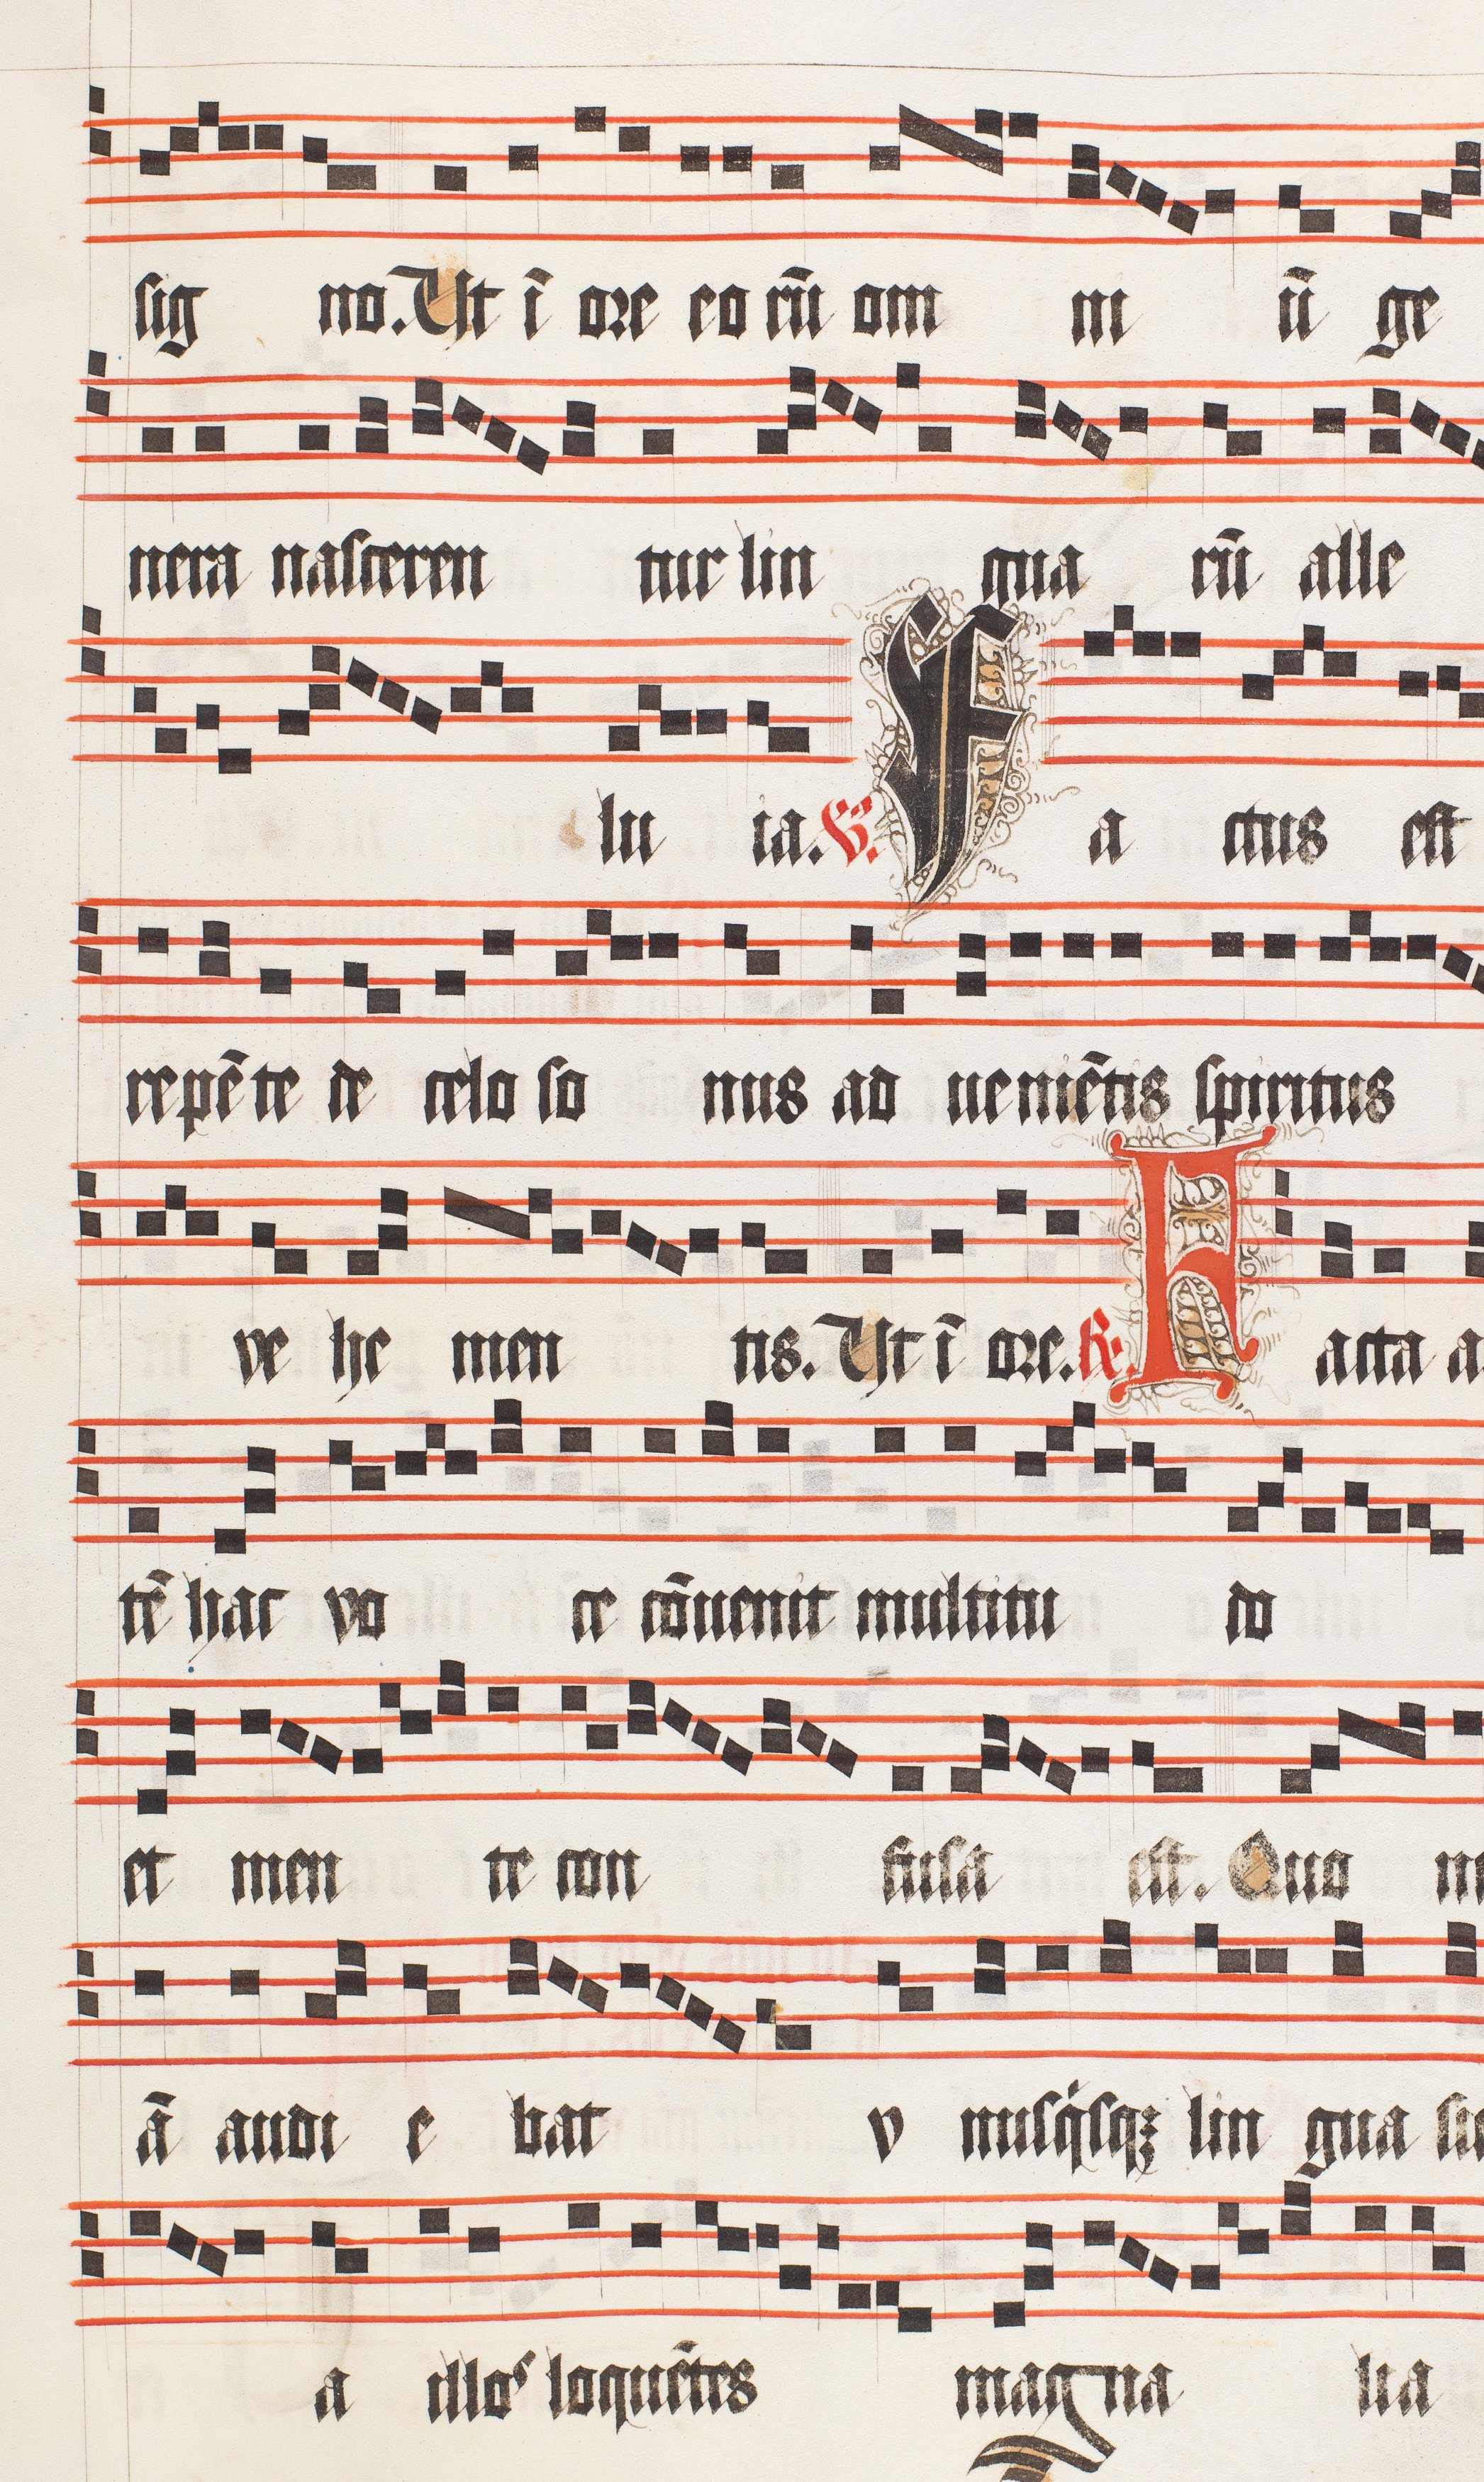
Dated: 1509–1517